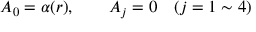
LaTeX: A _ { 0 } = \alpha ( r ) , \qquad A _ { j } = 0 \quad ( j = 1 \sim 4 )